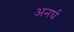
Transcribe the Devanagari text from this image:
अनर्घ